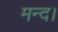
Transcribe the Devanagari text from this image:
मन्द।